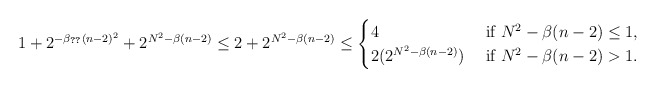
\begin{align*}1+ 2^{-\beta_{\ref{boundA}}(n-2)^2}+2^{N^2-\beta (n-2)}\leq 2+2^{N^2-\beta (n-2)}\leq \begin{cases}4& \textnormal{ if } N^2-\beta(n-2) \leq 1,\\2(2^{N^2-\beta (n-2)})& \textnormal{ if } N^2-\beta(n-2) > 1. \end{cases}\end{align*}